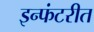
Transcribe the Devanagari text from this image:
इन्फंटरीत